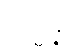
ပဋိစ္ဆန္နံ